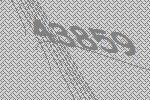
43859